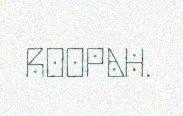
ROOPAH.